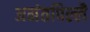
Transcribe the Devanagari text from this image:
अनंतपिल्लै